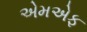
એમએફ